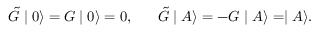
\tilde { G } \mid 0 \rangle = G \mid 0 \rangle = 0 , \; \; \; \; \; \; \tilde { G } \mid A \rangle = - G \mid A \rangle = \mid A \rangle .